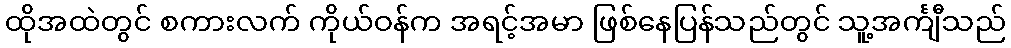
ထိုအထဲတွင် စကားလက် ကိုယ်ဝန်က အရင့်အမာ ဖြစ်နေပြန်သည်တွင် သူ့အင်္ကျီသည်